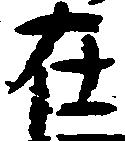
在